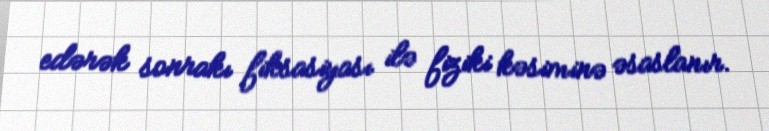
edərək sonrakı fiksasiyası ilə fiziki kəsiminə əsaslanır.